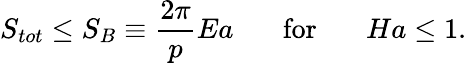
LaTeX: S_{tot}\leq S_{B}\equiv{\frac{2\pi}{p}}Ea\ \ \ \ \ \ \ \mathrm{for}\ \ \ \ \ \ \ Ha\leq 1.